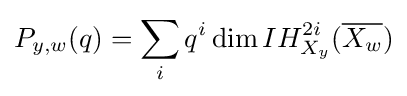
P_{y,w}(q)=\sum _{i}q^{i}\dim IH_{X_{y}}^{2i}({\overline {X_{w}}})